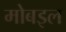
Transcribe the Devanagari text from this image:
मोबइल